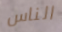
الناس